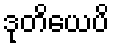
ဒုတိယေပိ